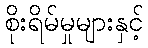
စိုးရိမ်မှုများနှင့်